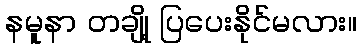
နမူနာ တချို့ ပြပေးနိုင်မလား။